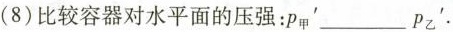
(8)比较容器对水平面的压强：\rho_{甲}^{\prime}___\rho_{乙}^{\prime}.